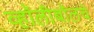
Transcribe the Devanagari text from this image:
व्हॉलीबॉलचे